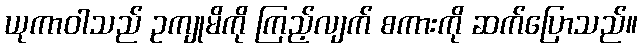
ယုကာဝါသည် ဥကျုမိကို ကြည့်လျက် စကားကို ဆက်ပြောသည်။